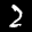
Label: 2